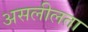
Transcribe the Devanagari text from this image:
असलीलता